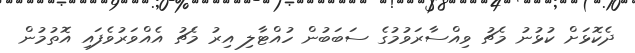
ދެކޮޅަށް ކުޅުނު މެޗު ވިއްސާރަވުމުގެ ސަބަބުން ހުއްޓާލި އިރު މެޗު އެއްވަރުވެފައި އޮތުމުން